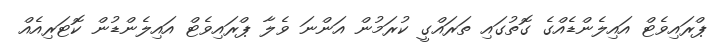
ޕްރައިވެޓް އައިލެންޑެއްގެ ގޮތުގައި ތަރައްގީ ކުރަމުން އަންނަ ވެލާ ޕްރައިވެޓް އައިލެންޑުން ކޮޓަރިއެއް